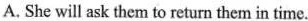
A. She will ask the mto return them in time.